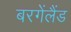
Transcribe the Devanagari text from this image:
बरगेंलैंड